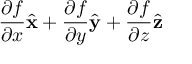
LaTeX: { \frac { \partial f } { \partial x } } { \hat { \mathbf { x } } } + { \frac { \partial f } { \partial y } } { \hat { \mathbf { y } } } + { \frac { \partial f } { \partial z } } { \hat { \mathbf { z } } }